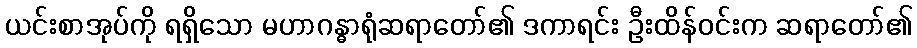
ယင်းစာအုပ်ကို ရရှိသော မဟာဂန္ဓာရုံဆရာတော်၏ ဒကာရင်း ဦးထိန်ဝင်းက ဆရာတော်၏